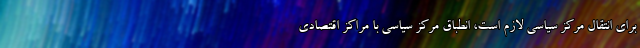
براي انتقال مركز سياسي لازم است، انطباق مرکز سیاسی با مراکز اقتصادی